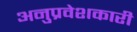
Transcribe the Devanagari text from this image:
अनुप्रवेशकारी